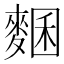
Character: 𪍁